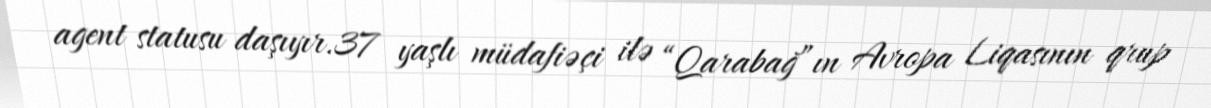
agent statusu daşıyır.37 yaşlı müdafiəçi ilə “Qarabağ”ın Avropa Liqasının qrup